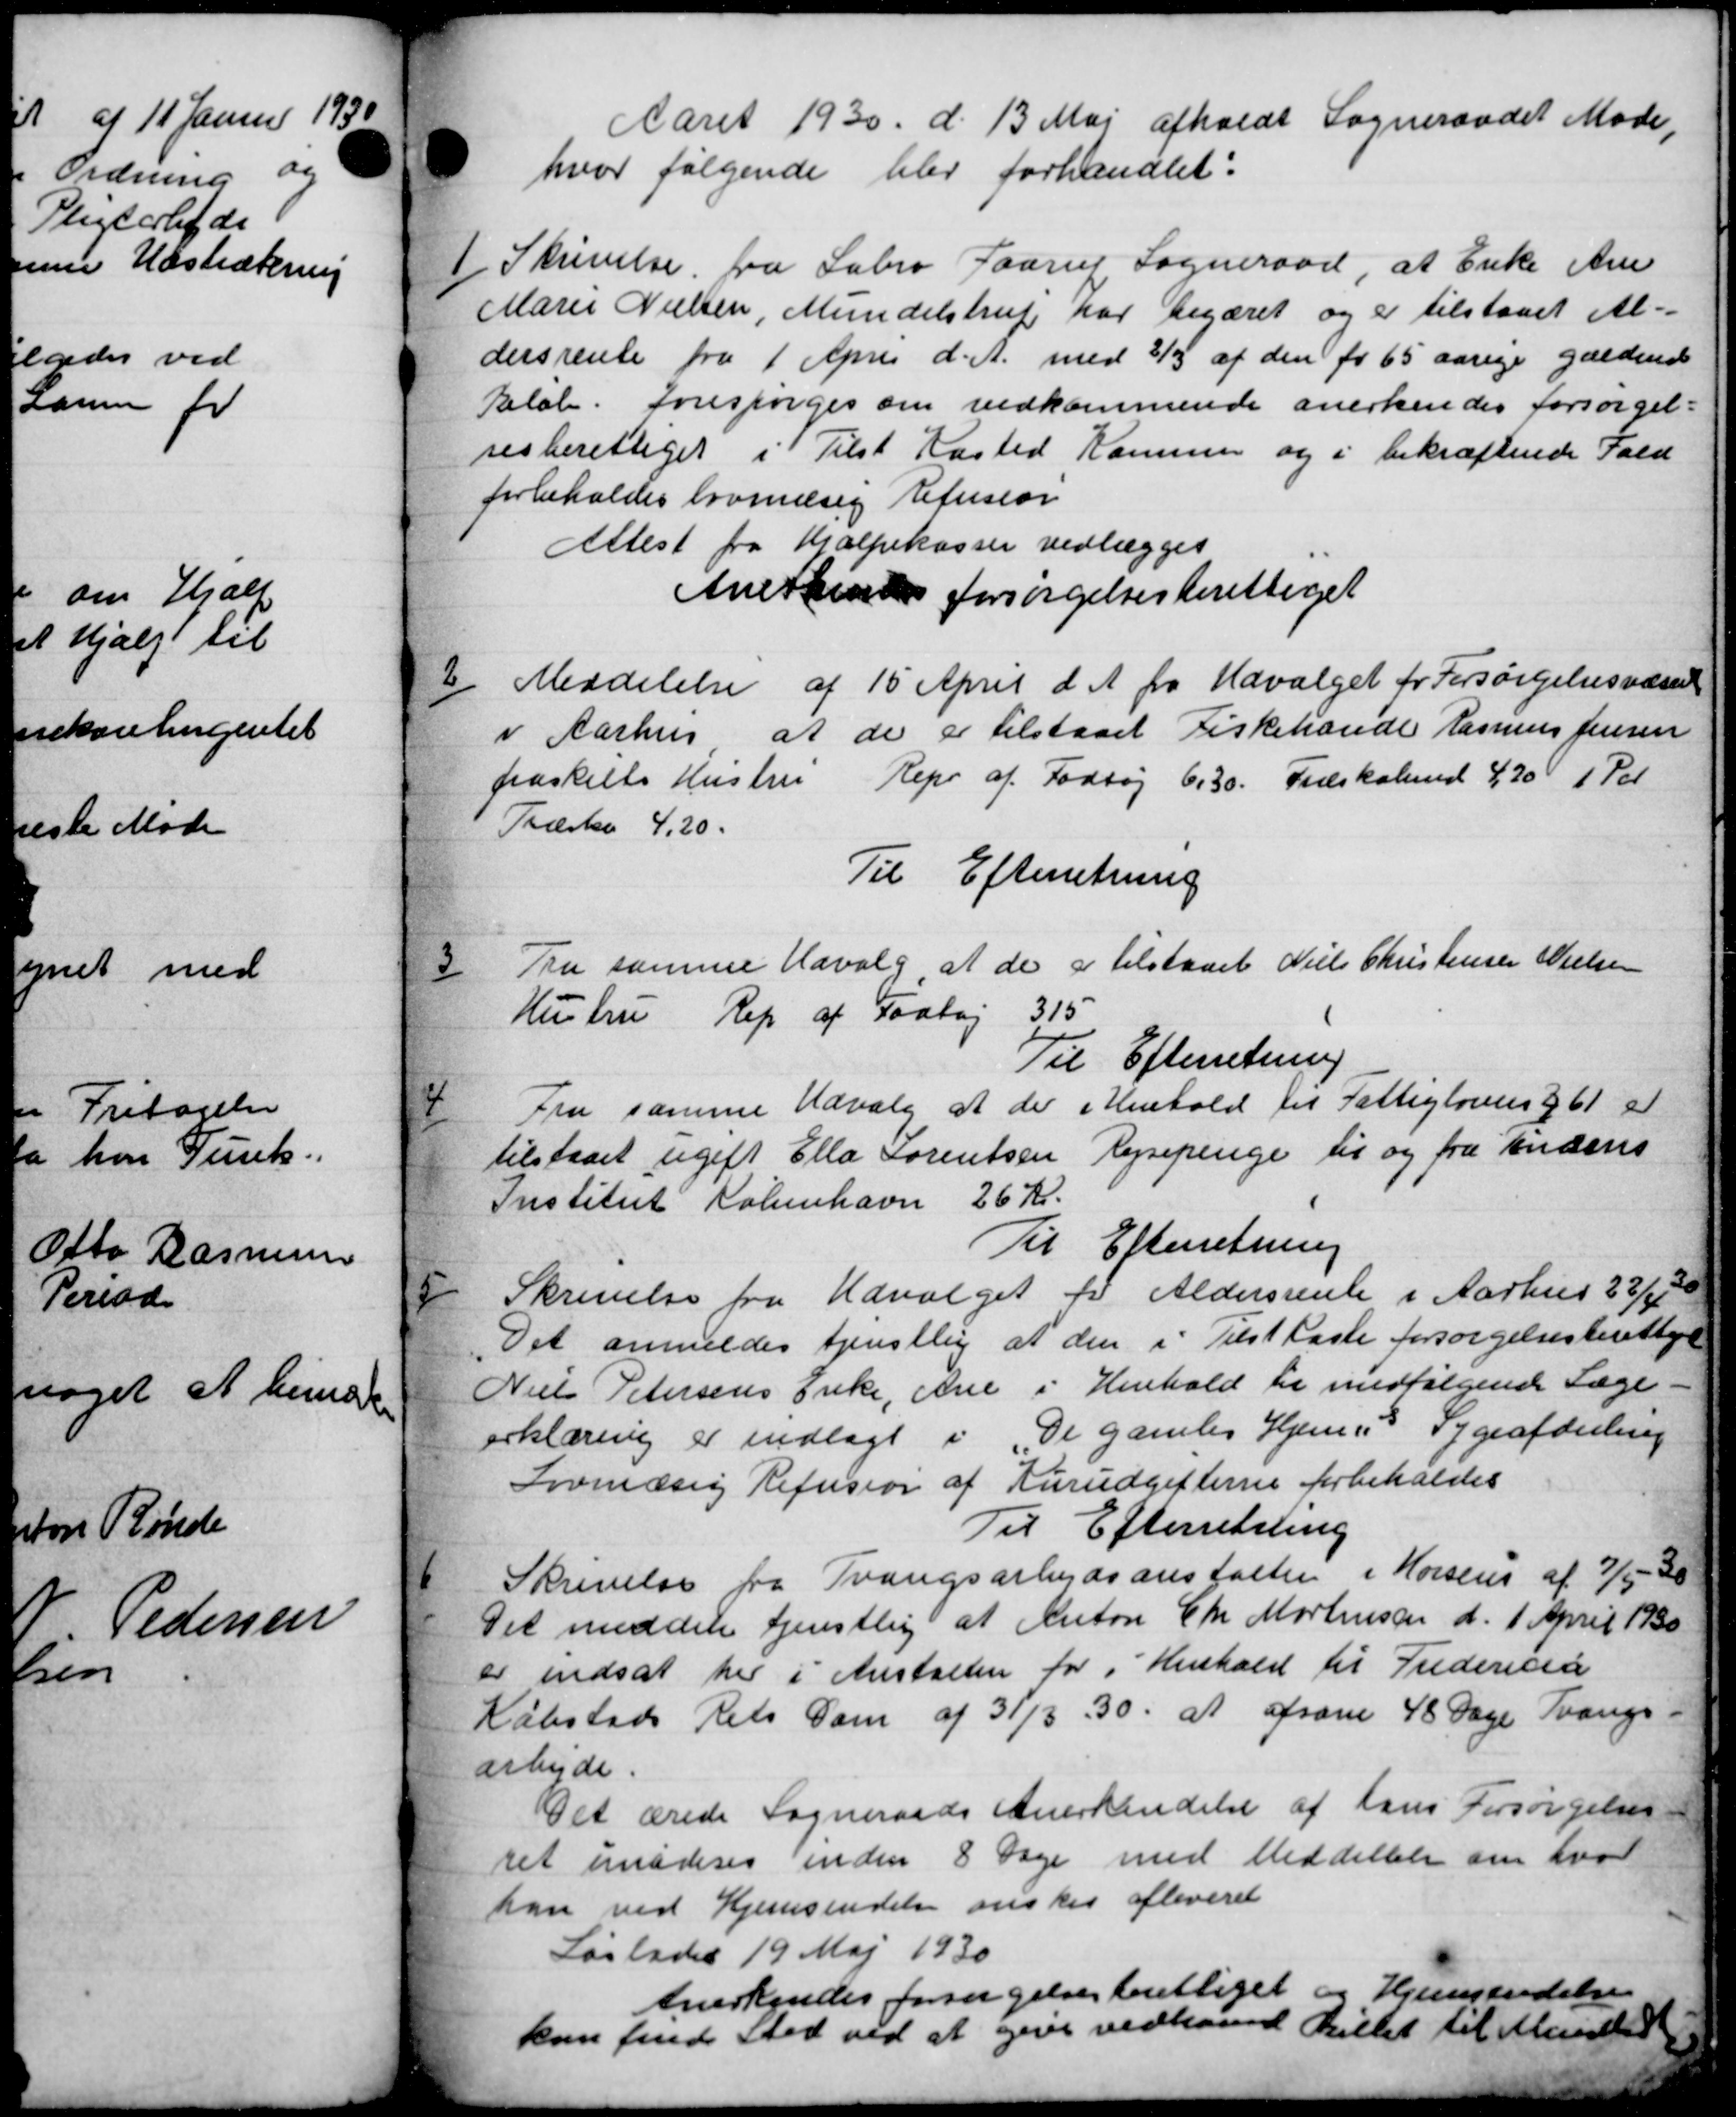
Transskription:
Aaret 1930 d. 13 Maj afholdt Sogneraadet Møde,
hvor følgende blev forhandlet:
1
Skrivelse fra Sabro Faarup Sogneraad, at Enke Ane
Marie Nielsen, Mundelstrup har begæret og er tilstaaet Al-
dersrente fra 1 April d. A. med 3/5 af den for 65 aarige gældende
Beløb forespørges om vedkommende anerkendes forsørgel-
sesberettiget i Tilst Kasted Kommer og i bekræftende Fald
forbeholdes lovmæsig Refusion
Attest fra Hjælpekassen vedlægges
Anerkende forsørgelsesberettiget

Meddelelse af 15 April d. A. fra Udvalget for Forsørgelsesvæsen
i Aarhus at de er tilstaaet Fiskehandle Rasmus Jensen
fraskilte Hustru Repr af Fodtøj 6.30. Træskalund 4,20 1 Rdl
Træske 4,20.
Til Efterretning

Fra samme Udvalg at de er tilstaaet Niels Christensen Nielsen
Hustru Rep af Fodtøj 315
Til Efterretning

Fra samme Udvalg at der i Henhold til Fattiglovens § 61 er
tilstaaet ugift Ella Sorentsen Rejsepenge til og fra Andens
Institut København 26 Kr.
Til Efterretning

Skrivelse fra Udvalget for Aldersrente i Aarhus 23/12 00
Det anmeldes tjenstlig at den i Tilst læste forsørgelsesberettiget
Niels Petersens Enke, Ane i Henhold for medfølgende Læge
erklæring er indlagt i De gamles Hjems Sygeafdeling
Lovmæsig Refusion af Rusudgifterne forbeholdes
Til Efterretning

Skrivelse fra Tvangsarbejdsanstalten i Horsens af 7/5 - 30
Det meddele tjenstlig at Anton Chr Mortensen d. 1 April 1930
er indsat her i Anstalten for i Henhold til Fredericia
Købstads Rets Sam af 31/3 30. at afsone 48 Dage Tvangs
arbejde.
Det ærede Sogneraads Anerkendelse af hans Forsørgelses
ret imøderes inden 8 Dage med Meddelelse om hvor
han ved Hjemsendelse ønskes afleveret
Løslades 19 Maj 1930
Anerkendes forsørgelsesberettiget og Hjemsendelse
kan finde Sted ved at give vedkomd Billet til Mandled